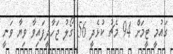
ގައުމީ ޓީމަށް 94 މެޗު ކުޅެދީ 56 ގޯލު ޖަހާދީފައިވާ ވިޔާ ވަނީ